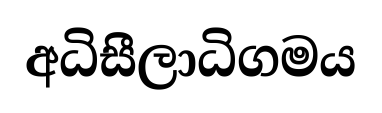
අධිසීලාධිගමය